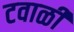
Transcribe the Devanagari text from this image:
टवाळी